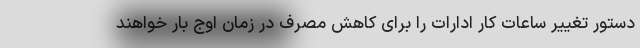
دستور تغییر ساعات کار ادارات را برای کاهش مصرف در زمان اوج بار خواهند